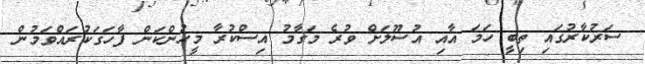
ސަރުކާރުގައި ތިބީ ހަމަ އާއި އުސޫލަށް ވުރެ މަގާމު އިސްކުރާ މީހުންކަން ފާހަގަކުރައްވަމުން